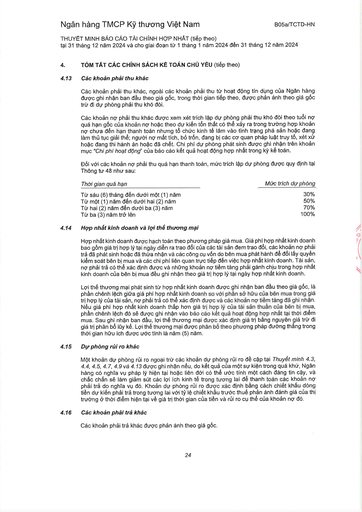
|Thời gian quá hạn|Mức trích dự phòng| |---|---| |Từ sáu (6) tháng đến dưới một (1) năm|30%| |Từ một (1) năm đến dưới hai (2) năm|50%| |Từ hai (2) năm đến dưới ba (3) năm|70%| |Từ ba (3) năm trở lên|100%|